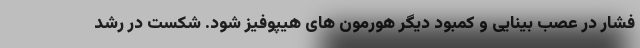
فشار در عصب بینایی و کمبود دیگر هورمون های هیپوفیز شود. شکست در رشد